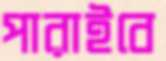
পারাইবে